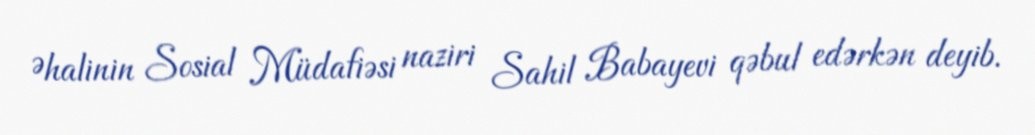
Əhalinin Sosial Müdafiəsi naziri Sahil Babayevi qəbul edərkən deyib.